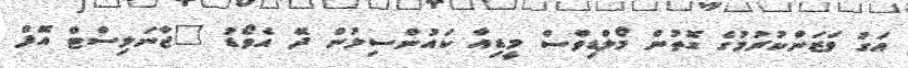
އަގު ވަޒަންކުރުމުގެ ގޮތުން މޯލްޑިވްސް މީޑިއާ ކައުންސިލުން ދޭ އެވޯޑު "ޖާނަލިސްޓް އޮފް